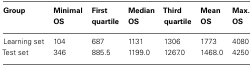
| Group | Minimal OS | First quartile | Median OS | Third quartile | Mean OS | Max. OS |
 | --- | --- | --- | --- | --- | --- | --- |
 | Learning set | 104 | 687 | 1131 | 1306 | 1773 | 4080 |
 | Test set | 346 | 885.5 | 1199.0 | 1267.0 | 1468.0 | 4250 |